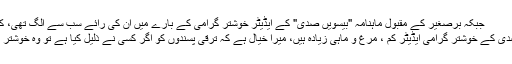
جبکہ برصغیر کے مقبول ماہنامہ "بیسویں صدی" کے ایڈیٹر خوشتر گرامی کے بارے میں ان کی رائے سب سے الگ تھی، کہتے تھے:
"بیسویں صدی کے خوشتر گرامی ایڈیٹر کم ، مرغ و ماہی زیادہ ہیں، میرا خیال ہے کہ ترقی پسندوں کو اگر کسی نے ذلیل کیا ہے تو وہ خوشتر گرامی ہیں۔